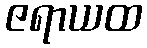
ဇရာယထ